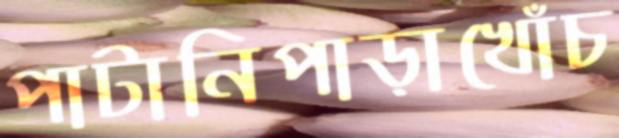
পাটানিপাড়াখোঁচ